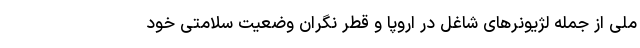
ملی از جمله لژیونرهای شاغل در اروپا و قطر نگران وضعیت سلامتی خود